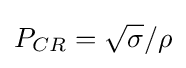
P_{CR}={\sqrt {\sigma }}/\rho